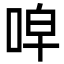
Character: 唕